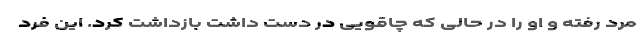
مرد رفته و او را در حالی که چاقویی در دست داشت بازداشت کرد. این فرد